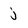
Character: j